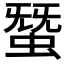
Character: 𧌩